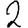
Digit: 2